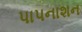
પાપનાશન